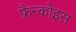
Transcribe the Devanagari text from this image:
फ़्रैन्कोइस